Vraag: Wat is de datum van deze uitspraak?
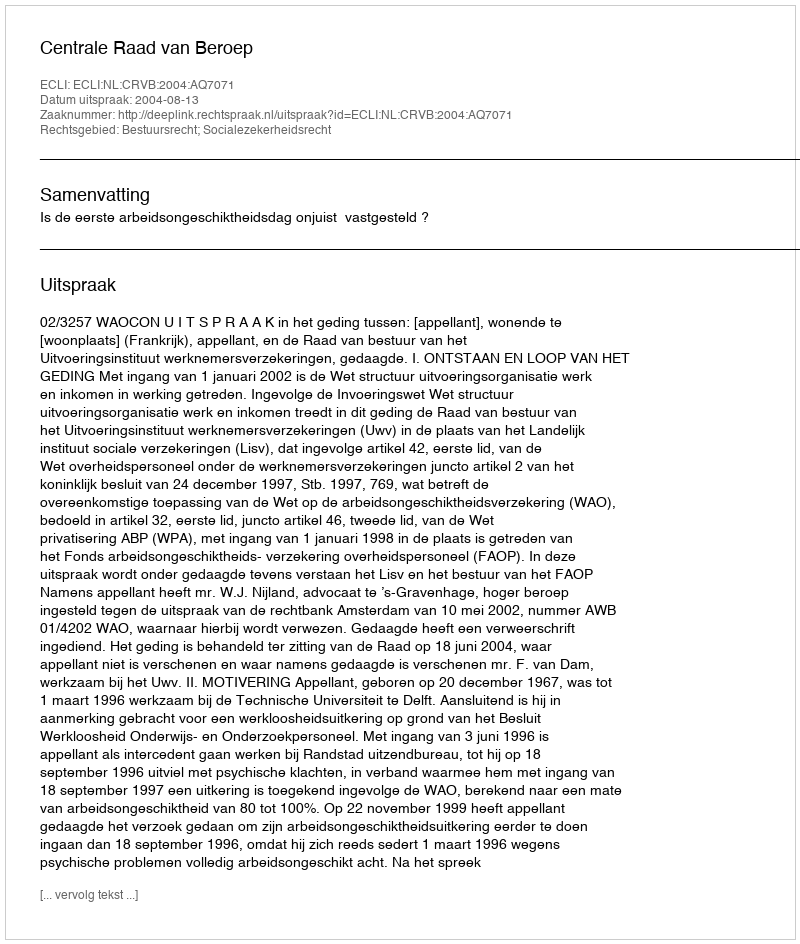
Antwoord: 2004-08-13